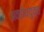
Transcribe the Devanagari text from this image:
अवरोधयुक्त